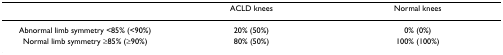
<table><thead><tr><td></td><td><b>ACLD knees</b></td><td><b>Normal knees</b></td></tr></thead><tbody><tr><td>Abnormal limb symmetry &lt;85% (&lt;90%)</td><td>20% (50%)</td><td>0% (0%)</td></tr><tr><td>Normal limb symmetry ≥85% (≥90%)</td><td>80% (50%)</td><td>100% (100%)</td></tr></tbody></table>